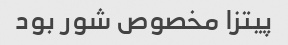
پیتزا مخصوص شور بود